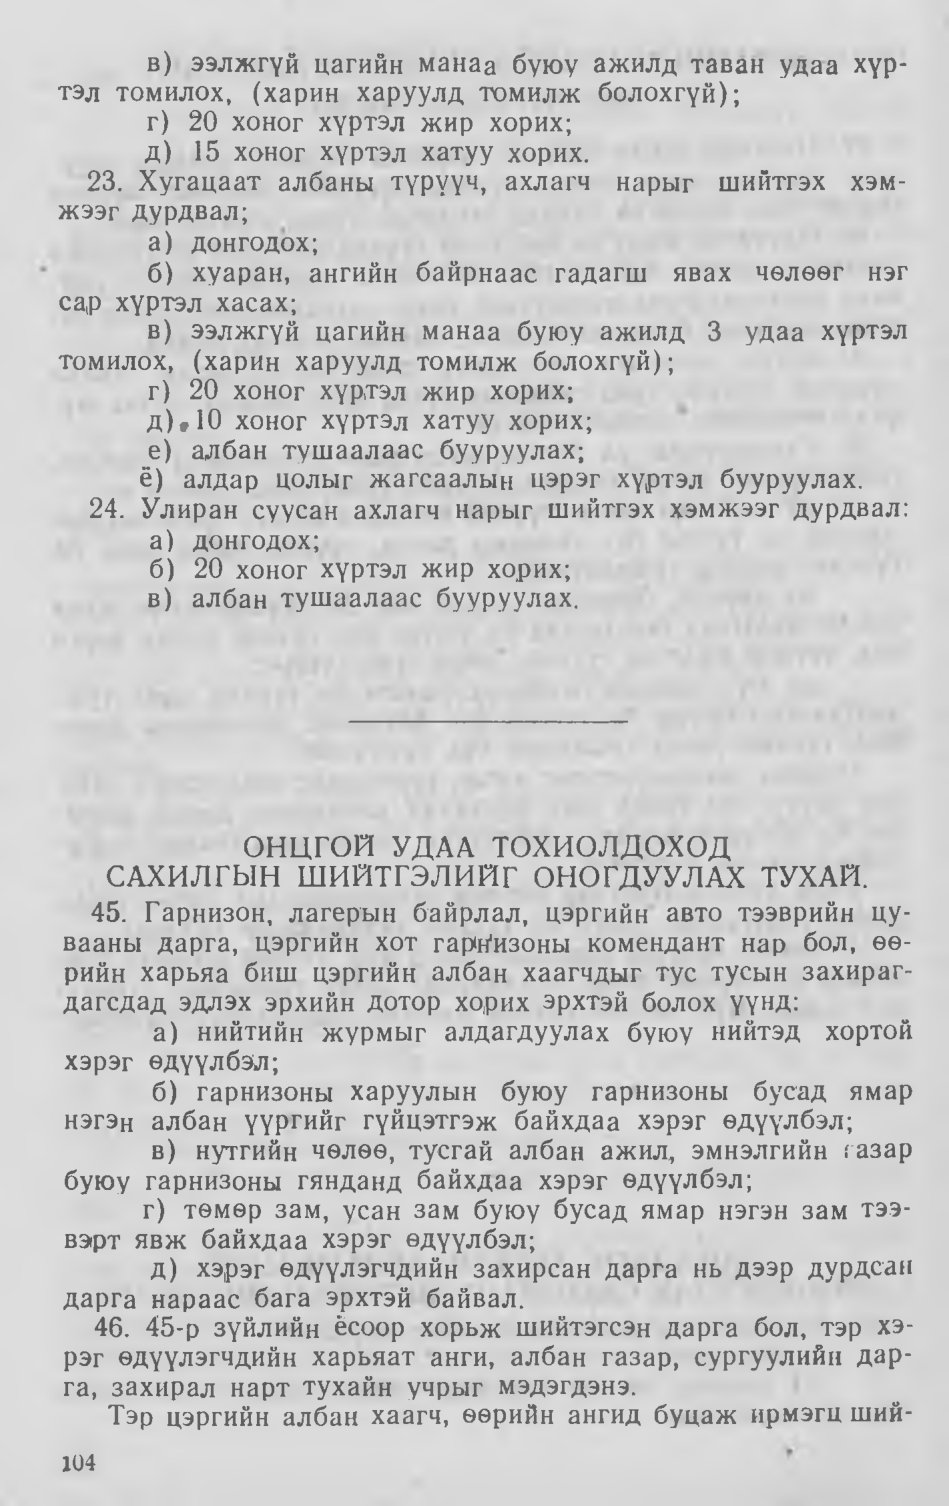
Language: mn